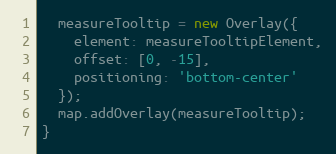
Language: JavaScript
  measureTooltip = new Overlay({
    element: measureTooltipElement,
    offset: [0, -15],
    positioning: 'bottom-center'
  });
  map.addOverlay(measureTooltip);
}